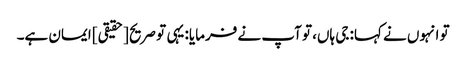
تو انہوں نے کہا: جی ہاں، تو آپ نے فرمایا: یہی تو صریح [حقیقی] ایمان ہے۔